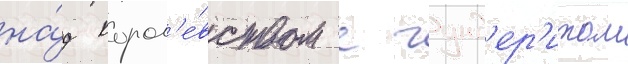
на́д корол'е́вством с гунд'ер'итом